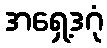
အရှေ့ဒဂုံ